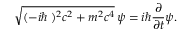
{ \sqrt { ( - i \hbar \mathbf { \nabla } ) ^ { 2 } c ^ { 2 } + m ^ { 2 } c ^ { 4 } } } \, \psi = i \hbar { \frac { \partial } { \partial t } } \psi .